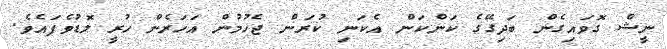
ނީޝް ގޮވައިގެން ބަދިގޭގެ ކަންކަން އެކަނި ކުރަން ޖެހުމުން އަހަރެން ހުރީ ލޮޑުވެފައެވެ.